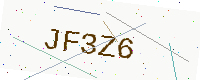
Text: JF3Z6